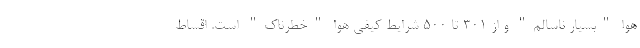
هوا "بسیار ناسالم" و از ۳۰۱ تا ۵۰۰ شرایط کیفی هوا "خطرناک" است. اقساط